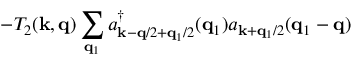
- T _ { 2 } ( { \bf { k } } , { \bf { q } } ) \sum _ { { \bf { q } } _ { 1 } } a _ { { \bf { k } } - { \bf { q } } / 2 + { \bf { q } } _ { 1 } / 2 } ^ { \dagger } ( { \bf { q } } _ { 1 } ) a _ { { \bf { k } } + { \bf { q } } _ { 1 } / 2 } ( { \bf { q } } _ { 1 } - { \bf { q } } )